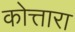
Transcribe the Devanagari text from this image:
कोत्तारा